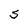
Character: S